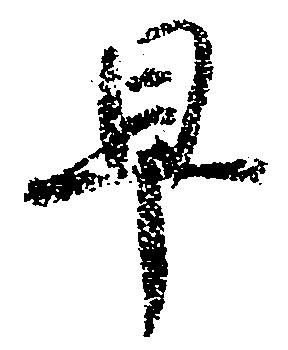
早